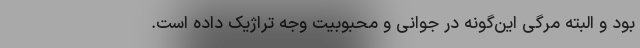
بود و البته مرگی این‌گونه در جوانی و محبوبیت وجه تراژیک داده است.